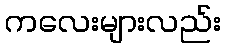
ကလေးများလည်း